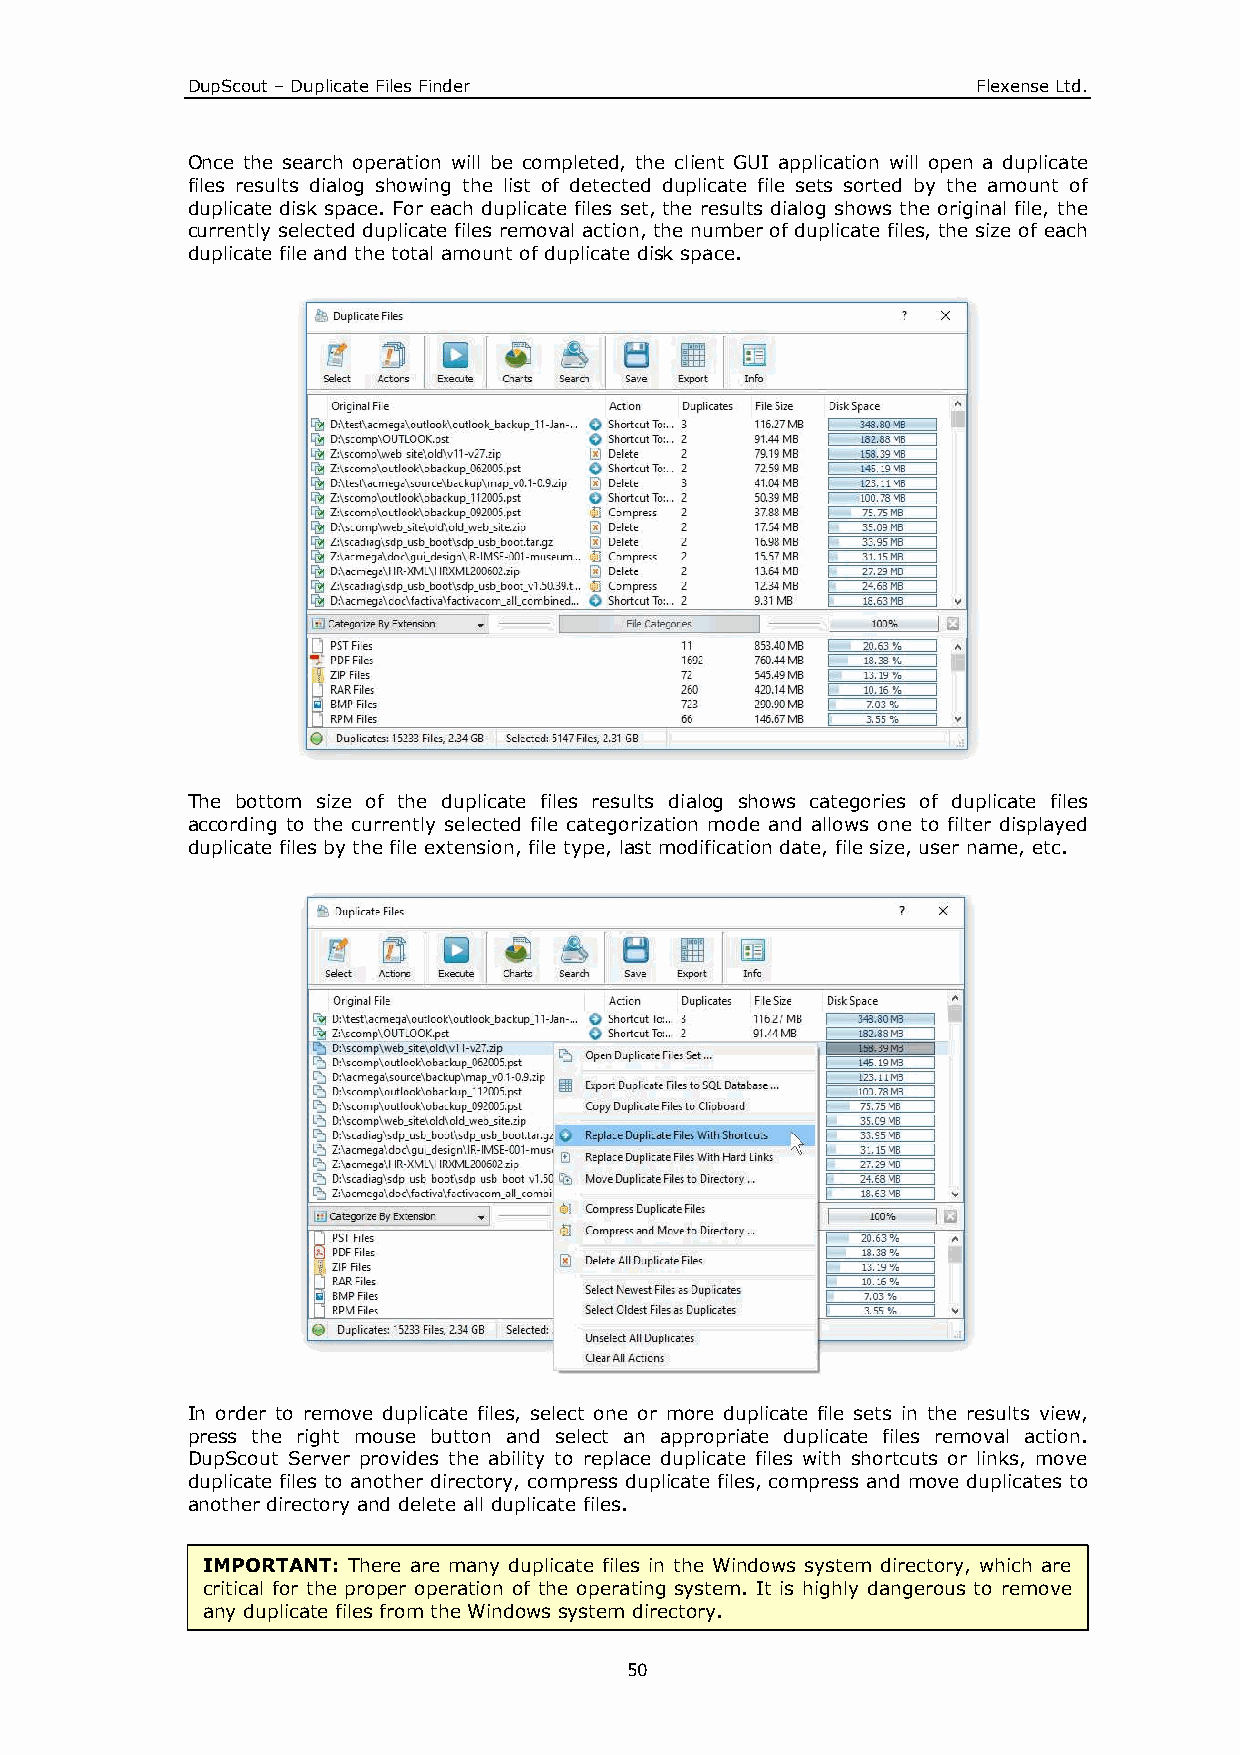
DupScout – Duplicate Files Finder                    Flexense Ltd.
 Once the search operation will be completed, the client GUI application will open a duplicate
 files results dialog showing the list of detected duplicate file sets sorted by the amount of
 duplicate disk space. For each duplicate files set, the results dialog shows the original file, the
 currently selected duplicate files removal action, the number of duplicate files, the size of each
 duplicate file and the total amount of duplicate disk space.
 The bottom size of the duplicate files results dialog shows categories of duplicate files
 according to the currently selected file categorization mode and allows one to filter displayed
 duplicate files by the file extension, file type, last modification date, file size, user name, etc.
 In order to remove duplicate files, select one or more duplicate file sets in the results view,
 press the right mouse button and select an appropriate duplicate files removal action.
 DupScout Server provides the ability to replace duplicate files with shortcuts or links, move
 duplicate files to another directory, compress duplicate files, compress and move duplicates to
 another directory and delete all duplicate files.
 IMPORTANT: There are many duplicate files in the Windows system directory, which are
 critical for the proper operation of the operating system. It is highly dangerous to remove
 any duplicate files from the Windows system directory.
 50